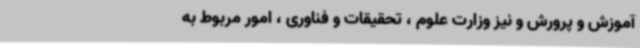
آموزش و پرورش و نیز وزارت علوم ، تحقیقات و فناوری ، امور مربوط به